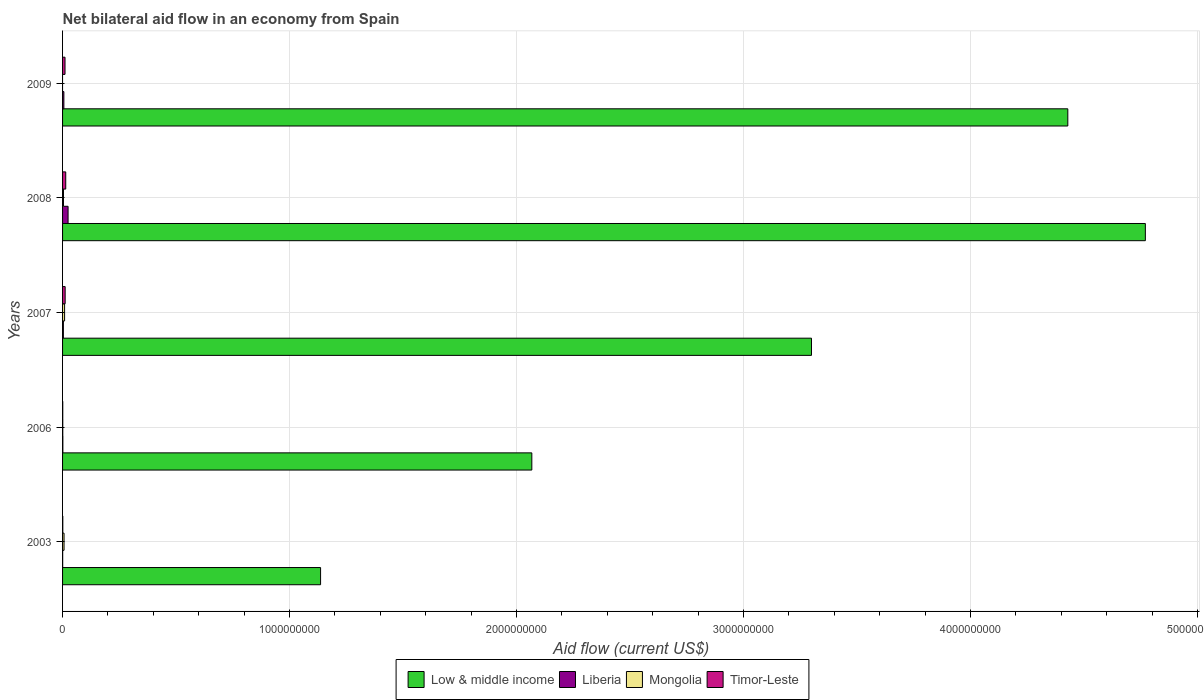
| Years | Low & middle income | Liberia | Mongolia | Timor-Leste |
 | --- | --- | --- | --- | --- |
 | 2003 | 1.14e+09 | 4.6e+05 | 6.52e+06 | 1.03e+06 |
 | 2006 | 2.07e+09 | 1.26e+06 | 8.9e+05 | 7.9e+05 |
 | 2007 | 3.3e+09 | 3.55e+06 | 8.96e+06 | 1.14e+07 |
 | 2008 | 4.77e+09 | 2.43e+07 | 4.05e+06 | 1.4e+07 |
 | 2009 | 4.43e+09 | 5.75e+06 | -1.27e+06 | 1.08e+07 |